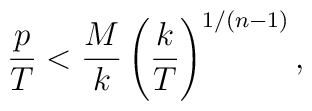
{p\over T} < {M\over k} \left({k\over T}\right)^{1/(n-1)},